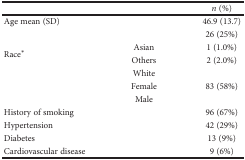
<table><thead><tr><td>[EMPTY_CELL]</td><td>[EMPTY_CELL]</td><td><b><i>n</i> (%)</b></td></tr></thead><tbody><tr><td>Age mean (SD)</td><td>[EMPTY_CELL]</td><td>46.9 (13.7)</td></tr><tr><td rowspan="4">Race<sup>∗</sup></td><td>[EMPTY_CELL]</td><td>26 (25%)</td></tr><tr><td>Asian</td><td>1 (1.0%)</td></tr><tr><td>Others</td><td>2 (2.0%)</td></tr><tr><td>White</td><td>[EMPTY_CELL]</td></tr><tr><td rowspan="2">[EMPTY_CELL]</td><td>Female</td><td>83 (58%)</td></tr><tr><td>Male</td><td>[EMPTY_CELL]</td></tr><tr><td>History of smoking</td><td>[EMPTY_CELL]</td><td>96 (67%)</td></tr><tr><td>Hypertension</td><td>[EMPTY_CELL]</td><td>42 (29%)</td></tr><tr><td>Diabetes</td><td>[EMPTY_CELL]</td><td>13 (9%)</td></tr><tr><td>Cardiovascular disease</td><td>[EMPTY_CELL]</td><td>9 (6%)</td></tr></tbody></table>